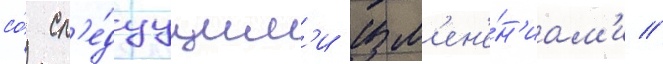
со́ сл'е́дуущим'и изм'ен'е́н'иам'и //